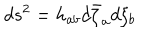
d s ^ { 2 } = h _ { a b } d \bar { \zeta } _ { a } d \zeta _ { b }